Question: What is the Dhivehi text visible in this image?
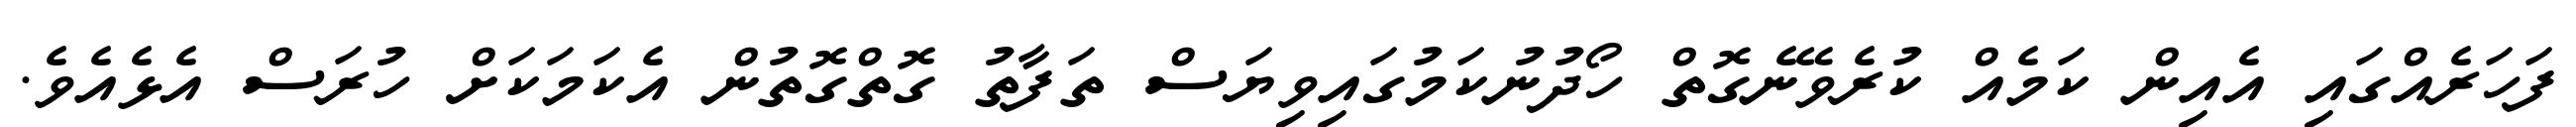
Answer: ފަހަރެއްގައި އެއިން ކަމެއް ކުރެވޭނެގޮތް ހޯދުނުކަމުގައިވިޔަސް ތަފާތު ގޮތްގޮތުން އެކަމަކަށް ހުރަސް އެޅެއެވެ.